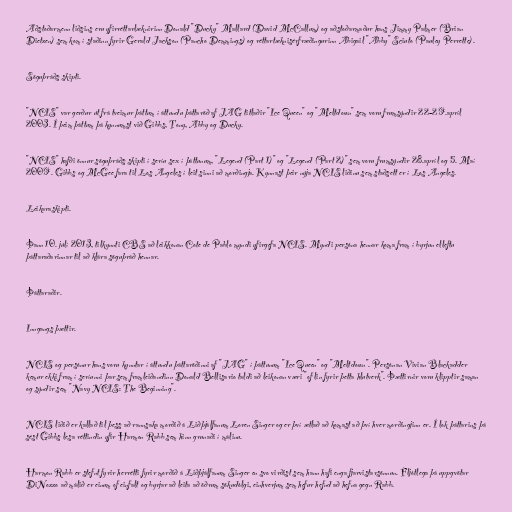
Aðstoðarmenn liðsins eru yfirréttarlæknirinn Donald "Ducky" Mallard (David McCallum) og aðstoðarmaður hans Jimmy Palmer (Brian
Dietzen) sem kom í staðinn fyrir Gerald Jackson (Pancho Demmings) og réttartæknisérfræðingurinn Abigail "Abby" Sciuto (Pauley Perrette).

Söguþráðs skipti.

"NCIS" var gerður út frá tveimur þáttum í áttundu þáttaröð af JAG titlaðir "Ice Queen" og "Meltdown" sem voru frumsýndir 22-29.apríl
2003. Í þeim þáttum þá kynnumst við Gibbs, Tony, Abby og Ducky.

"NCIS" hafði önnur söguþráðs skipti í seríu sex í þáttunum, "Legend (Part 1)" og "Legend (Part 2)" sem voru frumsýndir 28.apríl og 5. Maí
2009. Gibbs og McGee fara til Los Angeles í leit sinni að morðingja. Kynnast þeir nýja NCIS liðinu sem staðsett er í Los Angeles.

Leikaraskipti.

Þann 10. júlí 2013, tilkynnti CBS að leikkonan Cote de Pablo myndi yfirgefa NCIS. Myndi persóna hennar koma fram í byrjun elleftu
þáttaraðarinnar til að klára söguþráð hennar.

Þáttaraðir.

Inngangs þættir.

NCIS og persónur hans voru kynntar í áttundu þáttaröðinni af "JAG" í þáttunum "Ice Queen" og "Meltdown". Persónan Vivian Blackadder
kemur ekki fram í seríunni þar sem framleiðandinn Donald Bellisario taldi að leikonan væri "of lin fyrir þetta hlutverk". Þættirnir voru klipptir saman
og sýndir sem "Navy NCIS: The Beginning".

NCIS liðið er kallað til þess að rannsaka morðið á Liðþjálfanum Loren Singer og er því ætlað að komast að því hver morðingjinn er. Í lok þáttarins þá
sést Gibbs lesa réttindin yfir Harmon Rabb sem hinn grunaði í málinu.

Harmon Rabb er stefnt fyrir herrétti fyrir morðið á Liðþjálfanum Singer en svo virðist sem hann hafi enga fjarvistarsönnun. Fljótlega þá uppgvötar
DiNozzo að málið er einum of einfalt og byrjar að leita að öðrum sökudólgi, einhverjum sem hefur hefnd að hefna gegn Rabb.